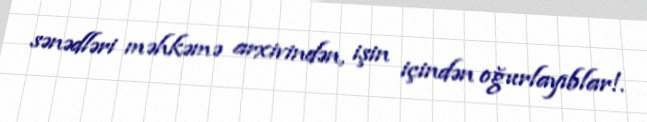
sənədləri məhkəmə arxivindən, işin içindən oğurlayıblar!.